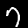
Digit: 7